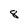
Character: 8